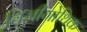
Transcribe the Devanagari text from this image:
विजीगोथिक